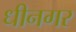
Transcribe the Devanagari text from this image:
धीनगर